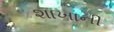
શાખાની